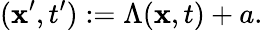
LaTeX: ({\mathbf x}^{\prime},t^{\prime}):=\Lambda({\mathbf x},t)+a.